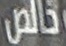
خالص